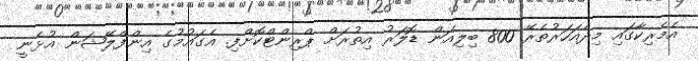
އެމެރިކާގައި މިދެއަހަރުތެރޭ 800 ބިލިއަން ޑޮލަރު އިތުރަށް ޕްރިންޓްކޮށްފި. އެގައުމުގެ އިންފްލޭޝަން އުޅެނީ